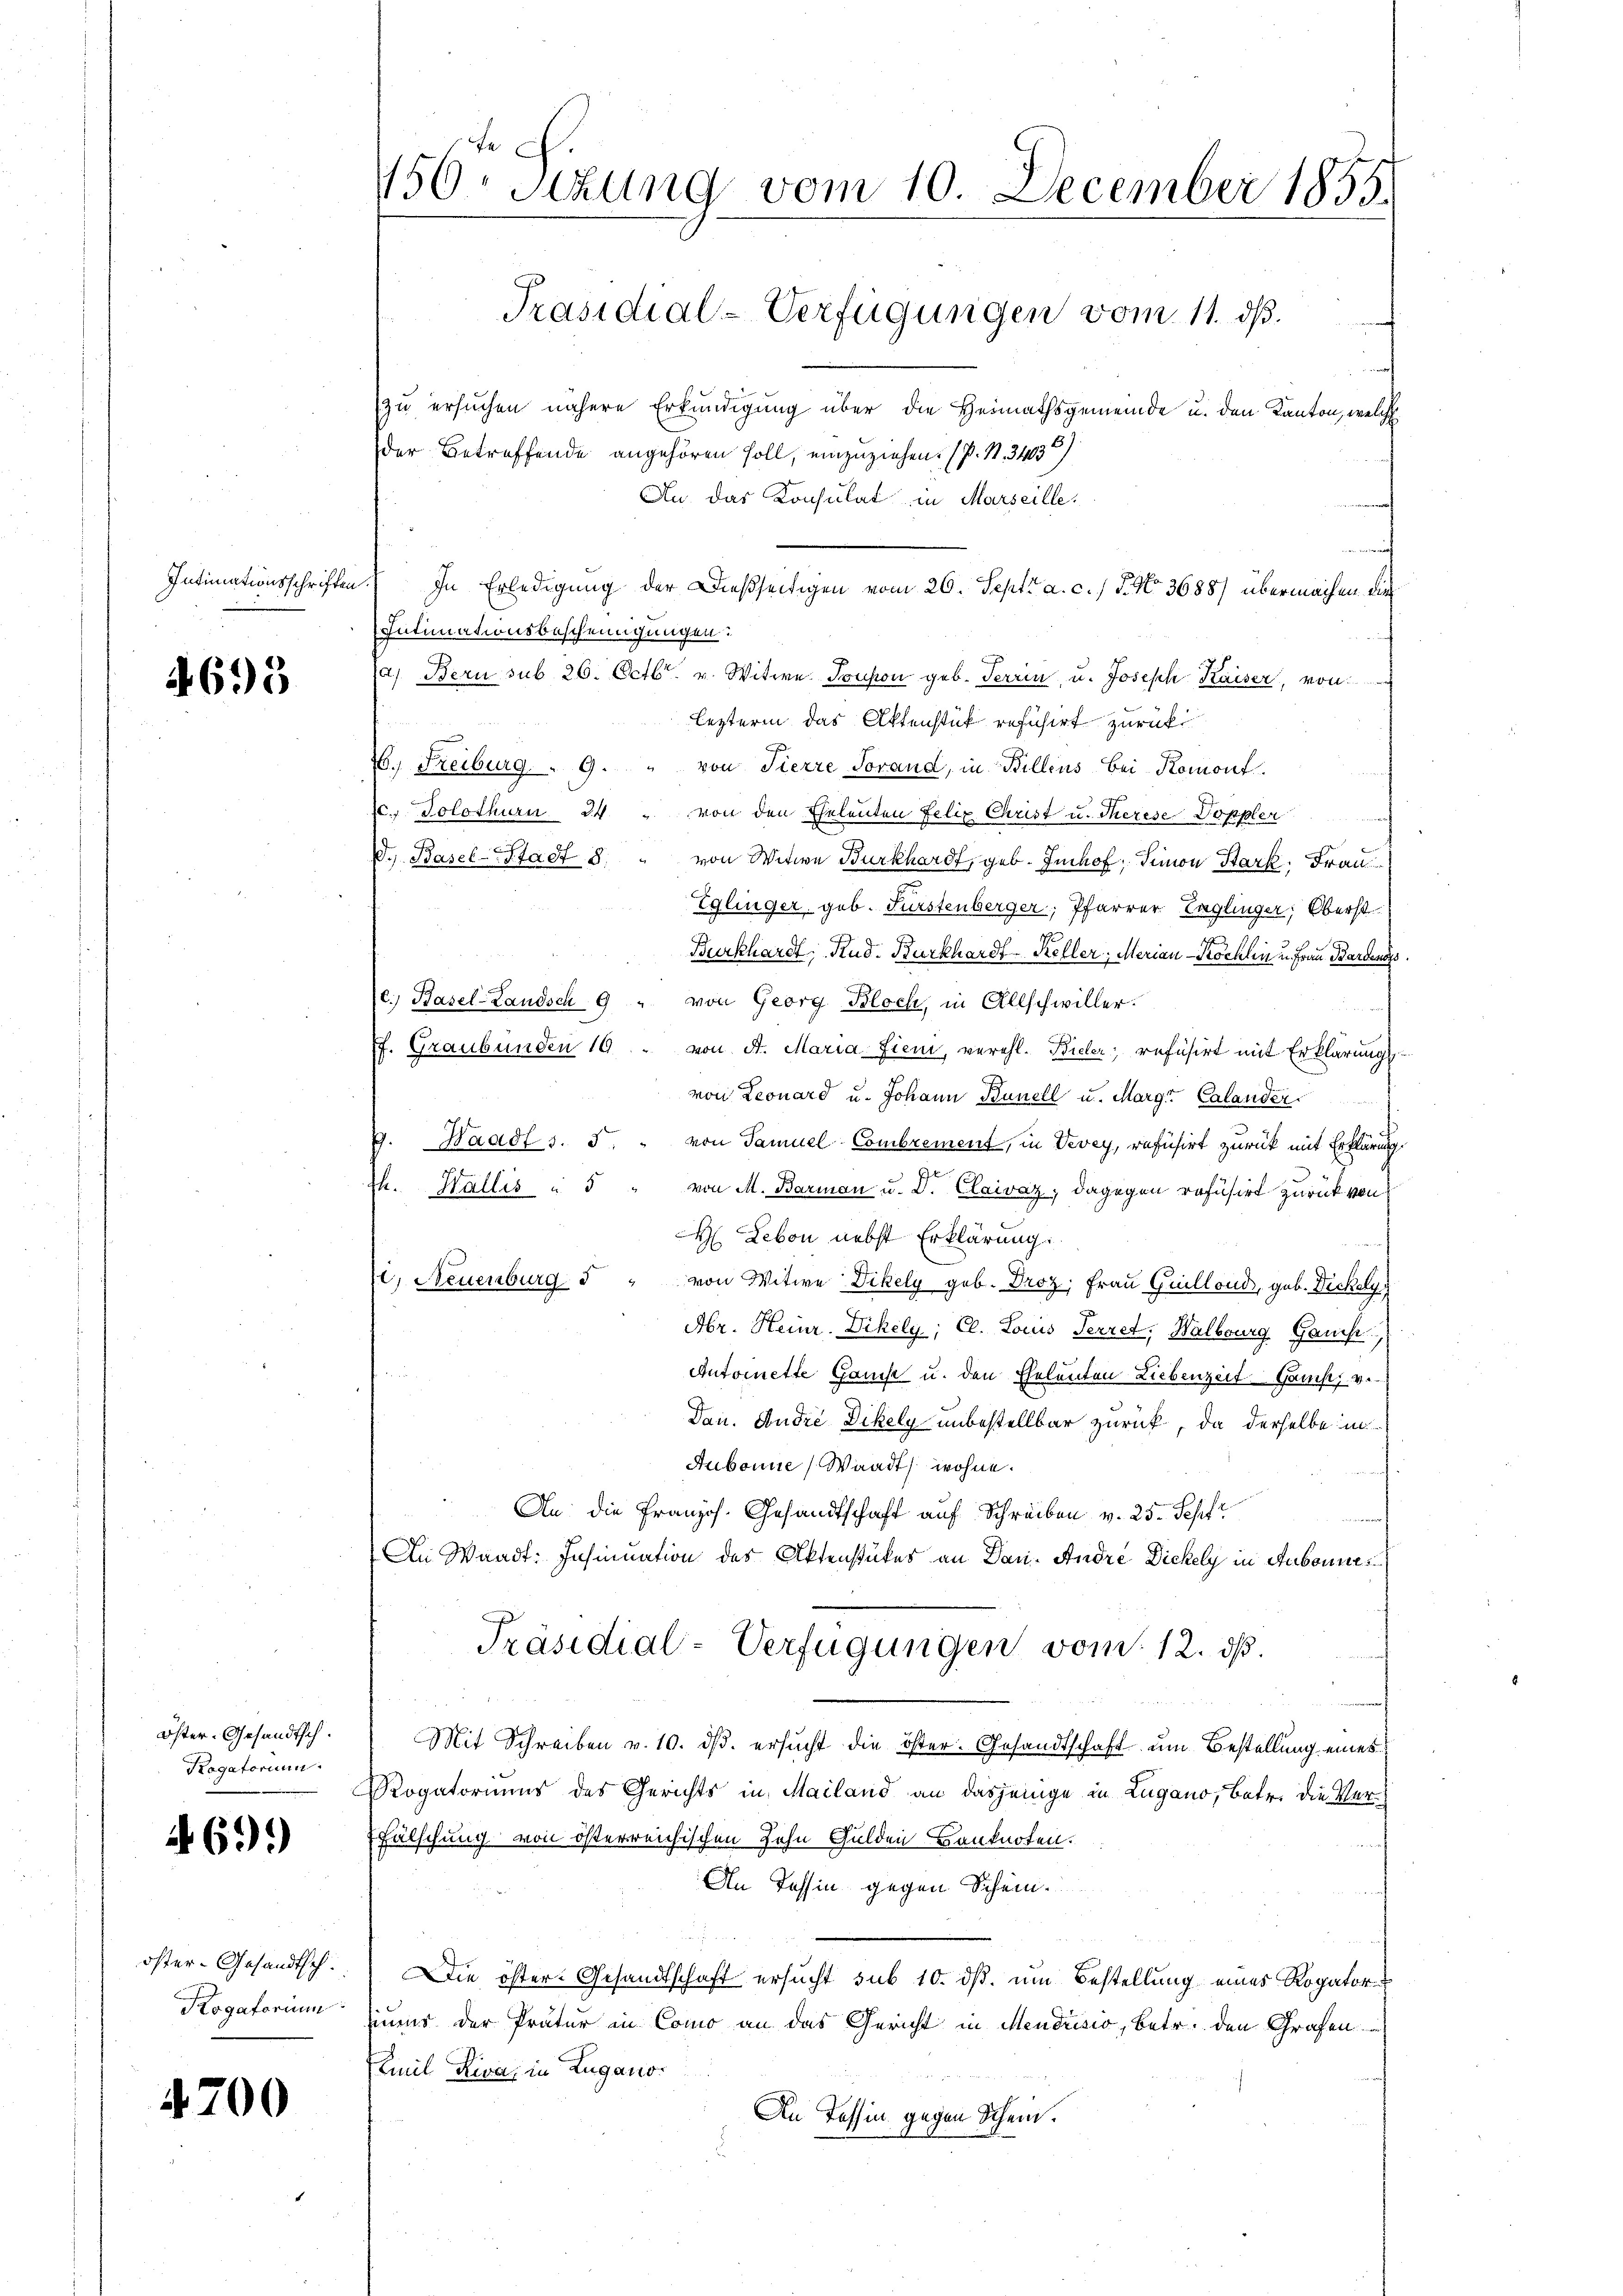
Intimationsschriften

4695

öster-Gesandtsch.
Kogatorium

4691)

öster-Gesandtsch.
Kogatorium

4700

150. Sizung vom 10. December 1855.
Präsidial-Verfügungen vom 11. ds.
zu ersuchen nähere Erkundigung über die Heimathsgemeinde u. den Kanton, welche
der Betreffende angehören soll, einzuziehen. ( P. R. 34036)
An das Konsulat in Marseille.

Intimationsbescheinigungen
4) Bern sub 26. Octbr. v. Witwe. Toupon geb. Terrin, u. Joseph Kaiser, von
leztern das Aktenstück refusirt zurück
6.) Freiburg.  .. 9. " von Tierre Sorand, in Billens bei Romont.
c.. Solothurn 24 " von den Eheleuten Felix Christ u. Therese Doppler
J.) Basel-Stadt 8. " von Witwe Burkhardt, geb. Imhof, Simon Bark, Frau
Eglinger geb. Fürstenberger, Pfarrer Taglinger, Oberst
Burkhardt, Rud. Burkhardt Keller, Merian Köchlin u. Frau Barden.
e.) Basel-Landsch 9 " von Georg Bloch, in Allschwiller.
f. Graubünden 19. von A. Maria Fien, verehl. Bieler, refusirt mit Erklärungs
von Leonard u. Johann Künell u. Marg. Calander
.
1. Waadt s. 5. " von Samuel-Combrement, in Vevey, refusirt zurück mit Erklärung.
h. Wallis " 5 " von M. Barmon u. D. Claivaz, dagegen refusirt zurück von
 Leben nebst Erklärung:
C) Neuenburg 5 " von Witwe Dikely geb. Droz. Frau Guillond, geb. Dickaly
Abr. Heinr. Dihely; Cl. Louis Ferret, Walbourg Gauis,
i
Antoinette Gans u. den Eheleuten Liebenzeit. Gamst v.
Dan. Andre Dikely unbestellbar zurück, da derselbe in
Aubonne, Waadt, wohne.
An die Französ. Gesandtschaft auf Schreiben v. 25. Sepf
In Waadt: Insinuation des Aktenstückes an Dan. Andre Dickely in Aubonne
Präsidial-Verfügungen vom 12. ds.
Mit Schreiben v. 10. ds. ersucht die öster. Gesandtschaft um Bestellung eines
Rogatoriums des Gerichts in Mailand an dasjenige in Zugano, Betr. die Ver¬
Fälschung von österreichischen Sohn Gulden Banknoten.
An Tessin gegen Schein.
Die öster Gesandtschaft ersucht sub 10. ds. um Bestellung eines Rogator
imer der Pratur in Como an das Gericht in Mendrisio, betr. den Grafen
Emil Riva in Zugano.
An Tessin gegen Schein.

In Erledigung der Dießseitigen vom 26. Sept. a. c. / 5. No. 3688) übermachen die